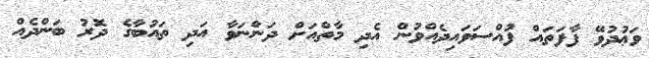
ވަޢުދުވޭ ފާފަތައް ފުއްސަވައިދެއްވުން އެދި މާތްއަށް ދަންނަވާ އަދި ތައުބާގެ ދޮރު ބަންދެއް